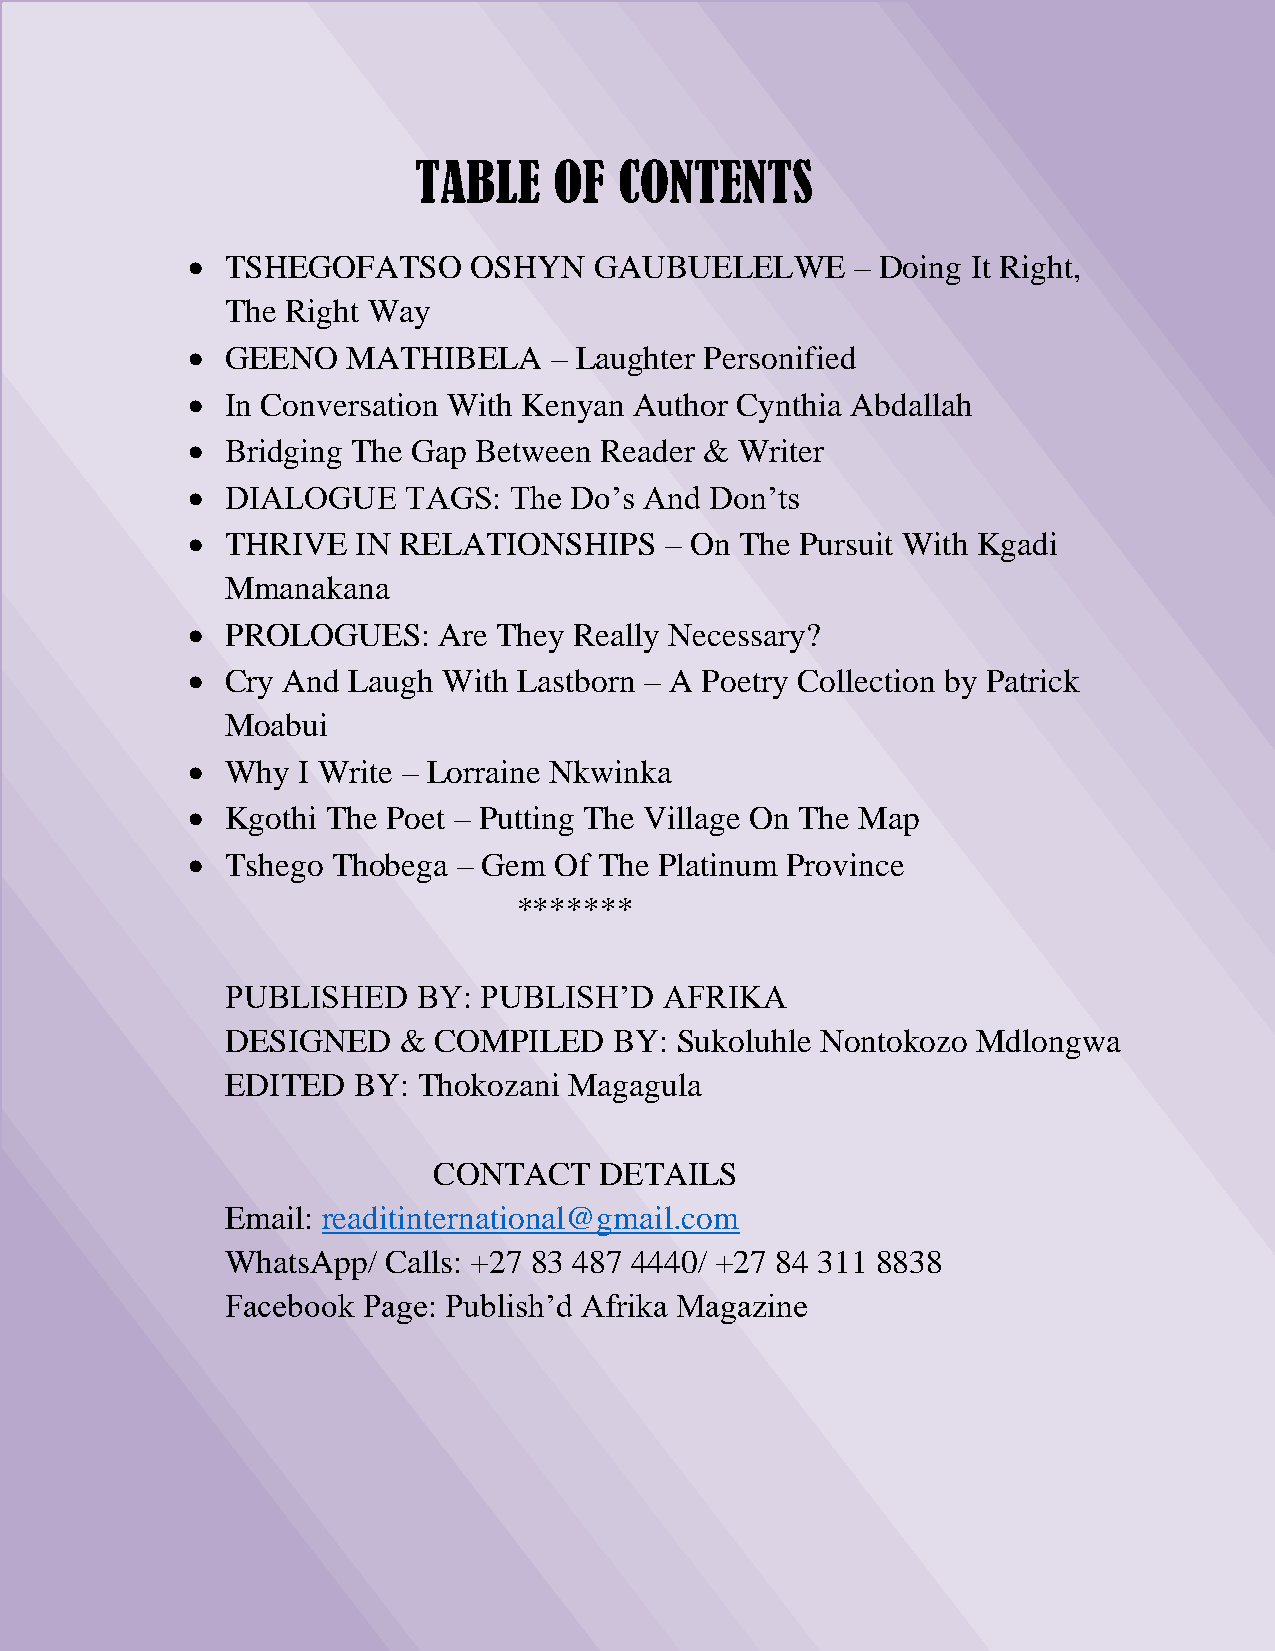
PUBLISH’D AFRIKA JAN 2022
 TABLE     OF  CONTENTS
 •  TSHEGOFATSO     OSHYN   GAUBUELELWE       – Doing It Right,
 The Right Way
 •  GEENO   MATHIBELA    – Laughter Personified
 •  In Conversation With Kenyan Author Cynthia Abdallah
 •  Bridging The Gap Between Reader & Writer
 •  DIALOGUE    TAGS:  The Do’s And Don’ts
 •  THRIVE   IN RELATIONSHIPS    – On The Pursuit With Kgadi
 Mmanakana
 •  PROLOGUES:    Are They Really Necessary?
 •  Cry And Laugh With Lastborn – A Poetry Collection by Patrick
 Moabui
 •  Why  I Write – Lorraine Nkwinka
 •  Kgothi The Poet – Putting The Village On The Map
 •  Tshego Thobega – Gem  Of The Platinum Province
 *******
 PUBLISHED    BY: PUBLISH’D   AFRIKA
 DESIGNED   &  COMPILED    BY: Sukoluhle Nontokozo Mdlongwa
 EDITED  BY:  Thokozani Magagula
 CONTACT    DETAILS
 Email: readitinternational@gmail.com
 WhatsApp/  Calls: +27 83 487 4440/ +27 84 311 8838
 Facebook Page: Publish’d Afrika Magazine
 | P age